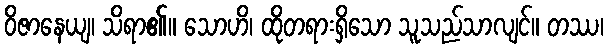
ဝိဇာနေယျ၊ သိရာ၏။ သောဟိ၊ ထိုတရားရှိသော သူသည်သာလျင်။ တဿ၊